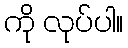
ကို လုပ်ပါ။